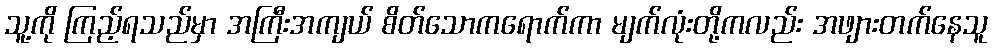
သူ့ကို ကြည့်ရသည်မှာ အကြီးအကျယ် စိတ်သောကရောက်ကာ မျက်လုံးတို့ကလည်း အဖျားတက်နေသူ